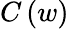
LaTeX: C\left(w\right)